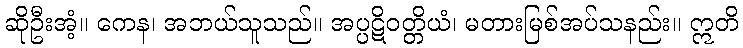
ဆိုဦးအံ့။ ကေန၊ အဘယ်သူသည်။ အပ္ပဋိဝတ္တိယံ၊ မတားမြစ်အပ်သနည်း။ ဣတိ